Report of an investigation of the epidemic of malarial fever in Assam, or, kala-azar
Disease focus: Malaria
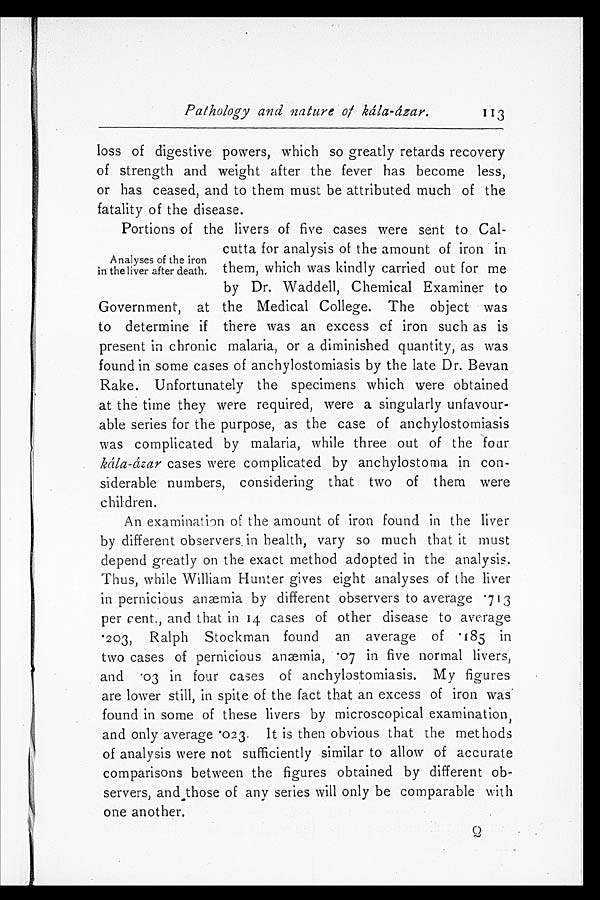
Pathology and nature of kála-ázar.
113
loss of digestive powers, which so greatly retards recovery
of strength and weight after the fever has become less,
or has ceased, and to them must be attributed much of the
fatality of the disease.
Portions of the livers of five cases were sent to Cal-
cutta for analysis of the amount of iron in
them, which was kindly carried out for me
by Dr. Waddell, Chemical Examiner to
Government, at the Medical College. The object was
to determine if there was an excess of iron such as is
present in chronic malaria, or a diminished quantity, as was
found in some cases of anchylostomiasis by the late Dr. Bevan
Rake. Unfortunately the specimens which were obtained
at the time they were required, were a singularly unfavour-
able series for the purpose, as the case of anchylostomiasis
was complicated by malaria, while three out of the four
kála-ázar cases were complicated by anchylostoma in con-
siderable numbers, considering that two of them were
children.
An examination of the amount of iron found in the liver
by different observers in health, vary so much that it must
depend greatly on the exact method adopted in the analysis.
Thus, while William Hunter gives eight analyses of the liver
in pernicious anæmia by different observers to average .713
per cent., and that in 14 cases of other disease to average
.203, Ralph Stockman found an average of .185 in
two cases of pernicious anæmia, .07 in five normal livers,
a n d . 0 3 i n f o u r c a s e s o f a n c h y l o s t o m i a s i s . M y f i g u r e s
are lower still, in spite of the fact that an excess of iron was
found in some of these livers by microscopical examination,
and onl y aver age . 023. I t i s t hen obvi ous t hat t he met hods
of analysis were not sufficiently similar to allow of accurate
comparisons between the figures obtained by different ob-
servers, and those of any series will only be comparable with
one another.
2
Analyses of the iron
in the liver after death.